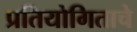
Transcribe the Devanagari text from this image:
प्रतियोगिताचे